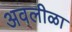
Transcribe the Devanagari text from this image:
अवलीळा